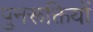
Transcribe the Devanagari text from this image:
पुनरूक्तियों